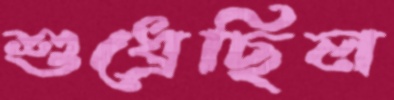
শুধ্‌রেছিল